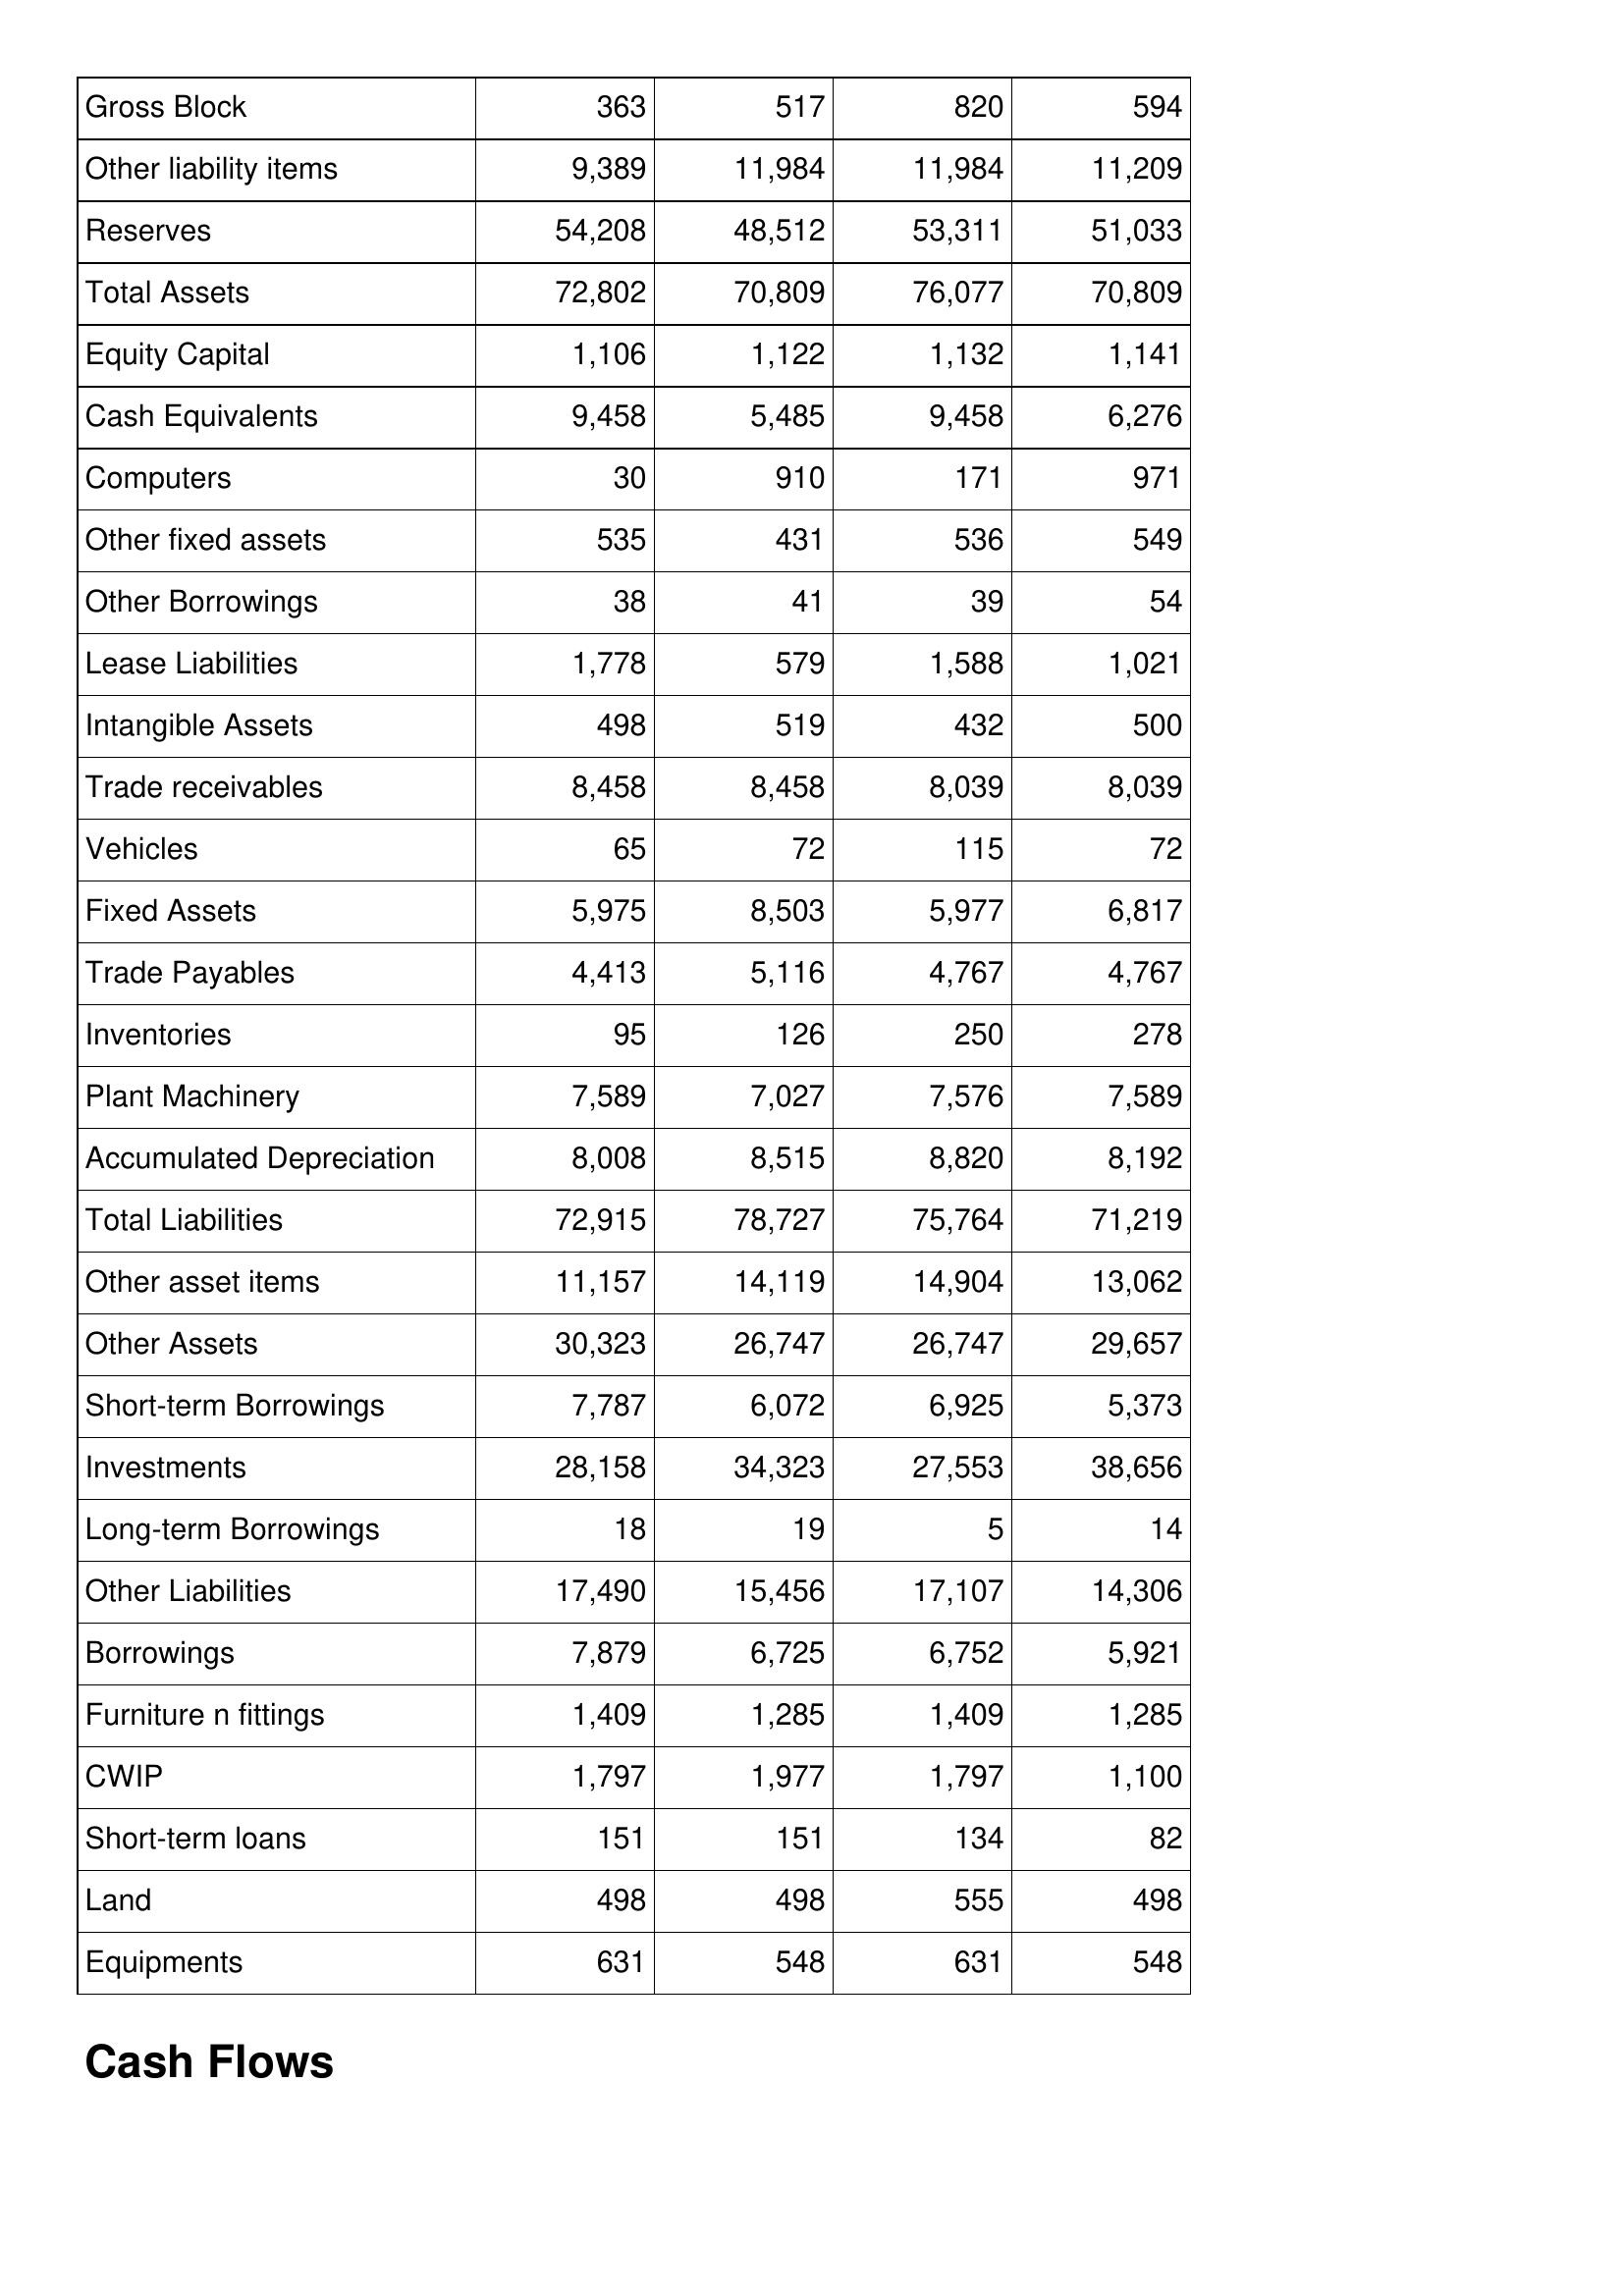
Oct-09: Balance Sheet: Gross Block: 363
Other liability items: 9,389
Reserves: 54,208
Total Assets: 72,802
Equity Capital: 1,106
Cash Equivalents: 9,458
Computers: 30
Other fixed assets: 535
Other Borrowings: 38
Lease Liabilities: 1,778
Intangible Assets: 498
Trade receivables: 8,458
Vehicles: 65
Fixed Assets: 5,975
Trade Payables: 4,413
Inventories: 95
Plant Machinery: 7,589
Accumulated Depreciation: 8,008
Total Liabilities: 72,915
Other asset items: 11,157
Other Assets: 30,323
Short-term Borrowings: 7,787
Investments: 28,158
Long-term Borrowings: 18
Other Liabilities: 17,490
Borrowings: 7,879
Furniture n fittings: 1,409
CWIP: 1,797
Short-term loans: 151
Land: 498
Equipments: 631
Oct-10: Balance Sheet: Gross Block: 517
Other liability items: 11,984
Reserves: 48,512
Total Assets: 70,809
Equity Capital: 1,122
Cash Equivalents: 5,485
Computers: 910
Other fixed assets: 431
Other Borrowings: 41
Lease Liabilities: 579
Intangible Assets: 519
Trade receivables: 8,458
Vehicles: 72
Fixed Assets: 8,503
Trade Payables: 5,116
Inventories: 126
Plant Machinery: 7,027
Accumulated Depreciation: 8,515
Total Liabilities: 78,727
Other asset items: 14,119
Other Assets: 26,747
Short-term Borrowings: 6,072
Investments: 34,323
Long-term Borrowings: 19
Other Liabilities: 15,456
Borrowings: 6,725
Furniture n fittings: 1,285
CWIP: 1,977
Short-term loans: 151
Land: 498
Equipments: 548
Oct-11: Balance Sheet: Gross Block: 820
Other liability items: 11,984
Reserves: 53,311
Total Assets: 76,077
Equity Capital: 1,132
Cash Equivalents: 9,458
Computers: 171
Other fixed assets: 536
Other Borrowings: 39
Lease Liabilities: 1,588
Intangible Assets: 432
Trade receivables: 8,039
Vehicles: 115
Fixed Assets: 5,977
Trade Payables: 4,767
Inventories: 250
Plant Machinery: 7,576
Accumulated Depreciation: 8,820
Total Liabilities: 75,764
Other asset items: 14,904
Other Assets: 26,747
Short-term Borrowings: 6,925
Investments: 27,553
Long-term Borrowings: 5
Other Liabilities: 17,107
Borrowings: 6,752
Furniture n fittings: 1,409
CWIP: 1,797
Short-term loans: 134
Land: 555
Equipments: 631
Oct-12: Balance Sheet: Gross Block: 594
Other liability items: 11,209
Reserves: 51,033
Total Assets: 70,809
Equity Capital: 1,141
Cash Equivalents: 6,276
Computers: 971
Other fixed assets: 549
Other Borrowings: 54
Lease Liabilities: 1,021
Intangible Assets: 500
Trade receivables: 8,039
Vehicles: 72
Fixed Assets: 6,817
Trade Payables: 4,767
Inventories: 278
Plant Machinery: 7,589
Accumulated Depreciation: 8,192
Total Liabilities: 71,219
Other asset items: 13,062
Other Assets: 29,657
Short-term Borrowings: 5,373
Investments: 38,656
Long-term Borrowings: 14
Other Liabilities: 14,306
Borrowings: 5,921
Furniture n fittings: 1,285
CWIP: 1,100
Short-term loans: 82
Land: 498
Equipments: 548